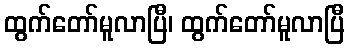
ထွက်တော်မူလာပြီ၊ ထွက်တော်မူလာပြီ